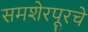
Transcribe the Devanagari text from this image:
समशेरपूरचे